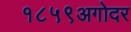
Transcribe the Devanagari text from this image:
१८५९अगोदर